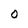
Character: O